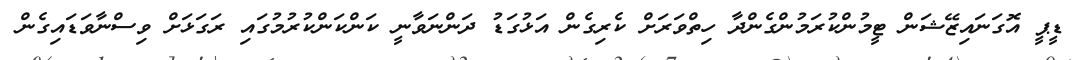
ޑީޕީ އޮގަނައިޒޭޝަން ޓީމުންކުރަމުންގެންދާ ހިތްވަރަށް ކެރިގެން އަޅުގަޑު ދަންނަވާނީ ކަންކަންކުރުމުގައި ރަގަޅަށް ވިސްނާވަޑައިގެން